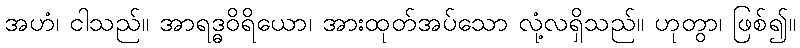
အဟံ၊ ငါသည်။ အာရဒ္ဓဝိရိယော၊ အားထုတ်အပ်သော လုံ့လရှိသည်။ ဟုတွာ၊ ဖြစ်၍။